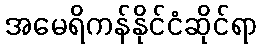
အမေရိကန်နိုင်ငံဆိုင်ရာ